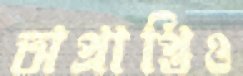
অপ্রাপ্তিও